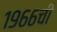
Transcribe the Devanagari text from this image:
१९६६ची